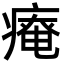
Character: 𤹃